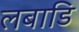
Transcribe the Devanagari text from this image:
लबाडि